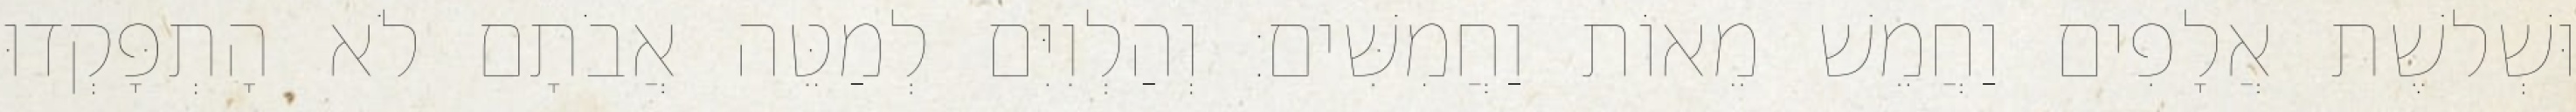
וּשְׁלשֶׁת אֲלָפִים וַחֲמֵשׁ מֵאוֹת וַחֲמִשִּׁים׃ וְהַלְוִיִּם לְמַטֵּה אֲבֹתָם לֹא הָתְפָּקְדוּ